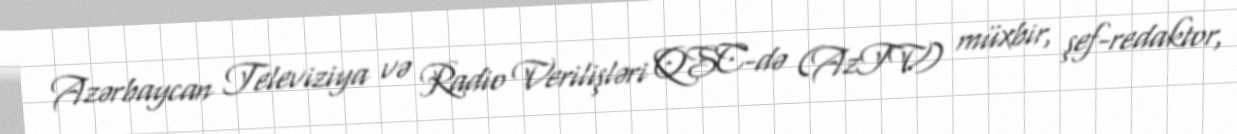
Azərbaycan Televiziya və Radio Verilişləri QSC-də (AzTV) müxbir, şef-redaktor,